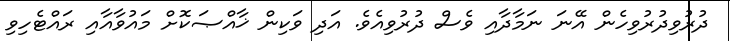
ދުރުވިދުރުވިހެން އޭނަ ނަމާދާއި ވެސް ދުރުވިއެވެ. އަދި ވަކިން ޚާއްޞަކޮށް މައުވާއާއި ރައްޓެހިވި